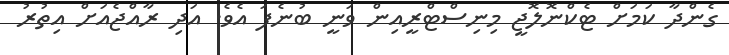
ގެންދާ ކަމަށް ޓެކްނޮލޮޖީ މިނިސްޓްރީއިން ވަނީ ބުނެފަ އެވެ. އަދި ރާއްޖެއަށް އިތުރު